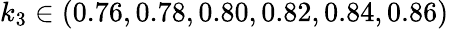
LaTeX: k_{3}\in(0.76,0.78,0.80,0.82,0.84,0.86)